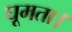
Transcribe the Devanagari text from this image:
घूमता।